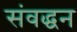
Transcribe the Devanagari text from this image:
संवद्धन